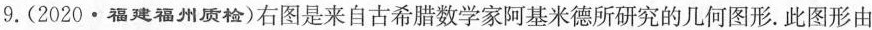
9.(2020 · 福建福州质检)右图是来自古希腊数学家阿基米德所研究的几何图形。此图形由